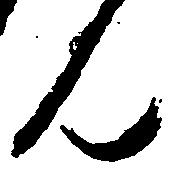
ん